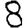
Digit: 8